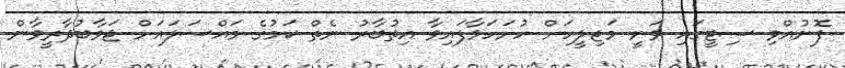
ފޮނުއްވި ސިޓީގައި ވަނީ މަޖިލީހަށް ހުށަހަޅާފައިވާ އިތުބާރު ނެތް ކަމުގެ މައްސަލައަށް ޖަވާބުދާރީވާން